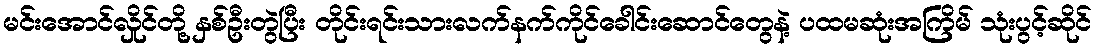
မင်းအောင်လှိုင်တို့ နှစ်ဦးတွဲပြီး တိုင်းရင်းသားလက်နက်ကိုင်ခေါင်းဆောင်တွေနဲ့ ပထမဆုံးအကြိမ် သုံးပွင့်ဆိုင်